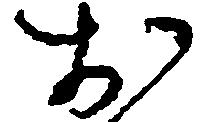
お